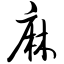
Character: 麻